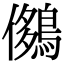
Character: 𪂄